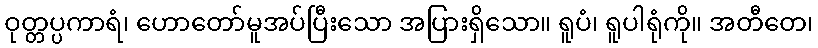
ဝုတ္တပ္ပကာရံ၊ ဟောတော်မူအပ်ပြီးသော အပြားရှိသော။ ရူပံ၊ ရူပါရုံကို။ အတီတေ၊